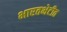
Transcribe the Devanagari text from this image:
भारतभेटीत